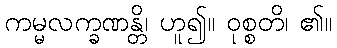
ကမ္မလက္ခဏန္တိ၊ ဟူ၍။ ဝုစ္စတိ၊ ၏။